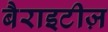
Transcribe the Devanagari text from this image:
बैराइटीज़